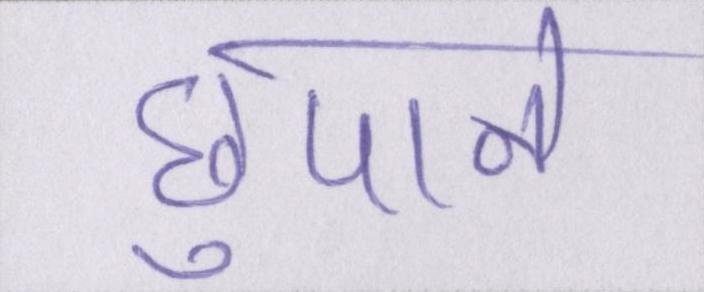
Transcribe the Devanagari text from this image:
छुपाने